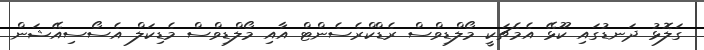
ގަލޮޅު ދަނޑުގައި ކޫޅޭ އެމެޗަކީ މޯލްޑިވްސް ރެޑްކްރެސެންޓް އާއި މޯލްޑިވްސް މެޑިކަލް އެސޯސިއޭޝަން